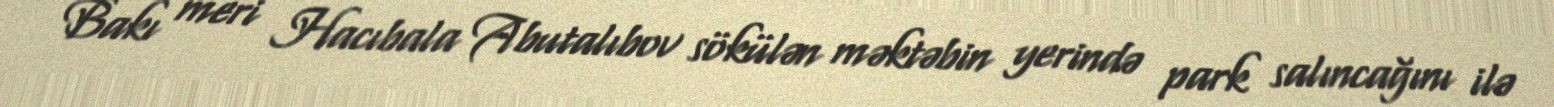
Bakı meri Hacıbala Abutalıbov sökülən məktəbin yerində park salıncağını ilə